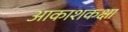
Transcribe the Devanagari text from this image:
आकाशकक्षा